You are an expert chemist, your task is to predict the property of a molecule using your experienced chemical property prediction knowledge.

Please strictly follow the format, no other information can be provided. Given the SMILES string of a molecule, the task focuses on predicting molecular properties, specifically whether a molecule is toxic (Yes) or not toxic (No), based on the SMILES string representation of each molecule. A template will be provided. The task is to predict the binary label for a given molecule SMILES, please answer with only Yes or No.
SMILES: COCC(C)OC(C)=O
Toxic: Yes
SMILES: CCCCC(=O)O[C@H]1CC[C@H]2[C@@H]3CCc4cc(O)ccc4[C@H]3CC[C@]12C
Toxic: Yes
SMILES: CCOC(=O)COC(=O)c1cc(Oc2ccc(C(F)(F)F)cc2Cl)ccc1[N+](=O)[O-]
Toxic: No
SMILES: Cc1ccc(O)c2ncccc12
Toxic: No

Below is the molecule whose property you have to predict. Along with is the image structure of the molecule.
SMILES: CC(=O)CCC(=O)O
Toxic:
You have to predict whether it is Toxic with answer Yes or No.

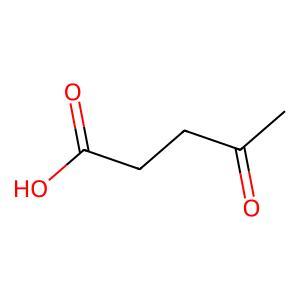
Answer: No